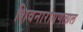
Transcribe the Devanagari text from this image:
शिवनारायणलाल